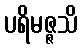
ပရိမဇ္ဇသိ